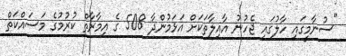
"ސުނާމީގައި ހާލުގައި ޖެހުނު އާއިލާތަކަށް އަޅަމުންދާ 508 ގެ އިމާރާތް ކުރުމުގެ މަސައްކަތް